[Report on the health of British troops in the Madras command]
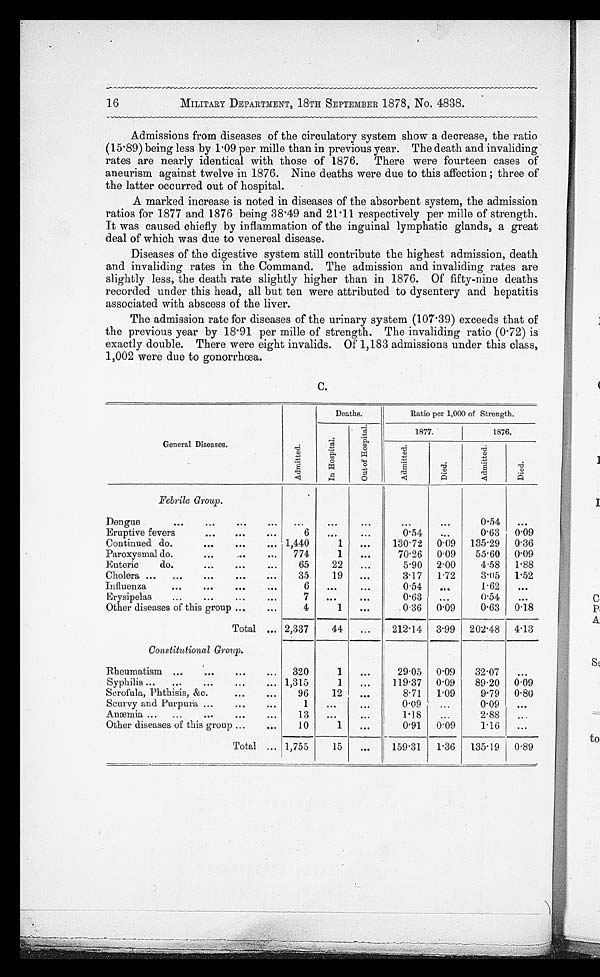
MILITARY DEPARTMENT, 18TH SEPTEMBER 1878, No. 4838.
Admissions from diseases of the circulatory system show a decrease, the ratio
(15.89) being less by 1.09 per mille than in previous year. The death and invaliding
rates are nearly identical with those of 1876. There were fourteen cases of
aneurism against twelve in 1876. Nine deaths were due to this affection; three of
the latter occurred out of hospital.
A marked increase is noted in diseases of the absorbent system, the admission
ratios for 1877 and 1876 being 38.49 and 21.11 respectively per mille of strength.
It was caused chiefly by inflammation of the inguinal lymphatic glands, a great
deal of which was due to venereal disease.
Diseases of the digestive system still contribute the highest admission, death
and invaliding rates in the Command. The admission and invaliding rates are
slightly less, the death rate slightly higher than in 1876. Of fifty-nine deaths
recorded under this head, all but ten were attributed to dysentery and hepatitis
associated with abscess of the liver.
The admission rate for diseases of the urinary system (107.39) exceeds that of
the previous year by 18.91 per mille of strength. The invaliding ratio (0.72) is
exactly double. There were eight invalids. Of 1,183 admissions under this class,
1,002 were due to gonorrhœa.
C.
General Diseases.
Admi t t ed.
Deaths.
Ratio per 1,000 of Strength.
I n Ho s p i t a l .
Ou t o f Ho s p i t a l .
1877.
1876.
Admi t t ed.
Died.
Admi t t ed.
Died.
Febrile Group.
Dengue . . .
. . .
. . .
. . .
. . .
. . .
0.54
. . .
Eruptive fevers . . .
6
. . .
. . .
0.54
. . .
0.63
0.09
Continued do. . . .
1,440
1
. . .
130.72
0.09
135.29
0.36
Paroxysmal do. . . .
774
1
. . .
70.26
0.09
55.60
0.09
Enteric
do. . . .
65
22
. . .
5.90
2.00
4.58
1.88
Cholera . . .
35
19
. . .
3.17
1.72
3.05
1.52
Influenza . . .
6
. . .
. . .
0.54
. . .
1.62
. . .
Erysipelas . . .
7
. . .
. . .
0.63
. . .
0.54
. . .
Other diseases of this group . . .
4
1
. . .
0.36
0.09
0.63
0.18
Total . . .
2,337
44 . . .
212.14
3.99
202.48
4.13
Constitutional Group.
Rheumatism . . .
320
1
. . .
29.05
0.09
32.07
. . .
Syphilis . . .
1,315
1
. . .
119.37
0.09
89.20
0.09
Scrofula, Phthisis, &c. . . .
96
12
. . .
8.71
1.09
9.79
0.80
Scurvy and Purpura . . .
1
. . .
. . .
0.09
. . .
0.09
. . .
Anæmia . . .
13
. . .
. . .
1.18
. . .
2.88
. . .
Other diseases of this group . . .
10
1
. . .
0.91
0.09
1.16
. . .
Total . . .
1,755
15
. . .
159.31
1.36
135.19
0.89
16